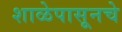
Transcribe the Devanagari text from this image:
शाळेपासूनचे